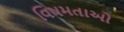
વિષમતાઓ